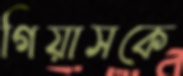
গিয়াসকে